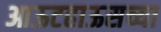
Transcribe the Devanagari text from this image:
आऊटहाऊसच्या